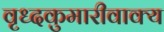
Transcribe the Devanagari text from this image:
वृध्दकुमारीवाक्य